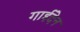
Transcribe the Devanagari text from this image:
गाईदेन